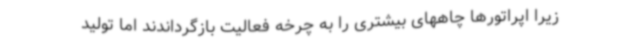
زیرا اپراتورها چاههای بیشتری را به چرخه فعالیت بازگرداندند اما تولید